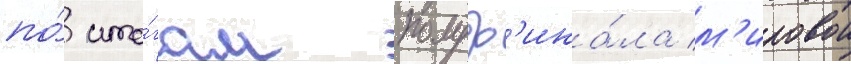
по́ ито́гам полуф'ина́ла м'ировои